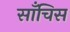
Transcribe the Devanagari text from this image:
साँचिस